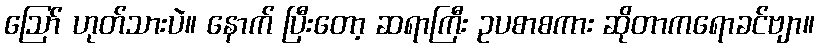
ဪ ဟုတ်သားပဲ။ နောက် ပြီးတော့ ဆရာကြီး ဥပစာစကား ဆိုတာကရောခင်ဗျာ။